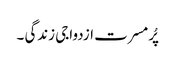
پُرمسرت ازدواجی زندگی ۔